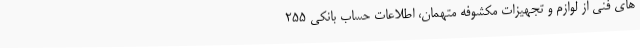
های فنی از لوازم و تجهیزات مکشوفه متهمان، اطلاعات حساب بانکی ۲۵۵